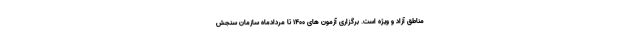
مناطق آزاد و ویژه است. برگزاری آزمون های ۱۴۰۰ تا مردادماه سازمان سنجش